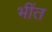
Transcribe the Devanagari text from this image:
भींत